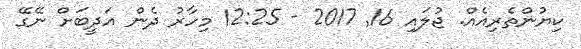
ކިޔުންތެރިއެއް. ޖުލައި 16